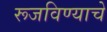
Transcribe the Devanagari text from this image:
रूजविण्याचे